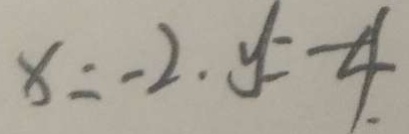
x = - 2 . y = - 4 .